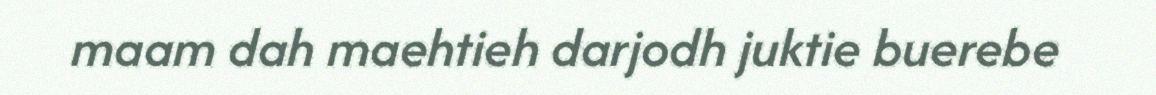
maam dah maehtieh darjodh juktie buerebe